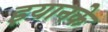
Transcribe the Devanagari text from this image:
इयानके